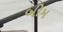
બીમ